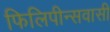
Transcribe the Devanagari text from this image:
फिलिपीन्सवासी